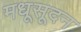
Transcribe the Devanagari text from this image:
मधूसूदन